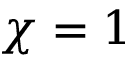
\chi = 1